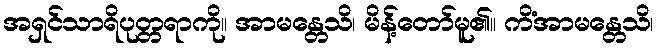
အရှင်သာရိပုတ္တရာကို။ အာမန္တေသိ၊ မိန့်တော်မူ၏။ ကိံအာမန္တေသိ၊